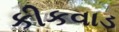
કીકવાડ